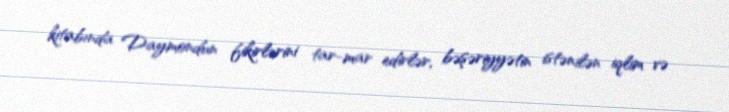
kitabında Daymondun fikirlərini tar-mar edirlər, bəşəriyyətin istənilən iqlim və